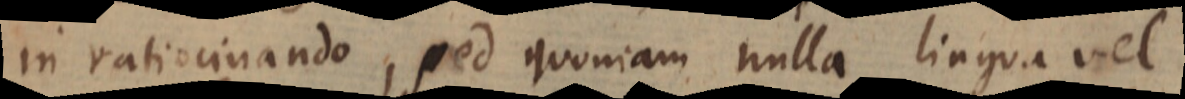
in ratiocinando, sed quoniam nulla lingua vel